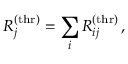
R _ { j } ^ { \mathrm { ( t h r ) } } = \sum _ { i } R _ { i j } ^ { \mathrm { ( t h r ) } } \, ,